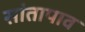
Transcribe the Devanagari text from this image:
सांतापाव